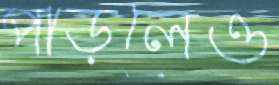
পাড়লেও